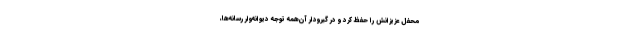
محفل عزیزانش را حفظ کرد و در گیرودار آن‌همه توجه دیوانه‌وار رسانه‌ها،